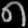
Digit: ၈